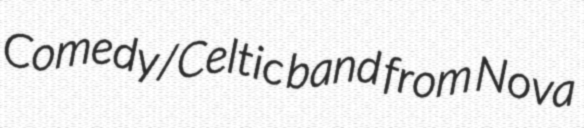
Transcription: Comedy/Celtic band from Nova